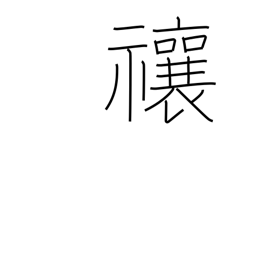
Meaning: drive away